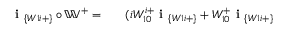
\begin{array} { r l r } { \textbf { i } _ { \{ W 1 i + \} } \circ \mathbb { W } ^ { + } = } & { { } } & { ( i W _ { 1 0 } ^ { i + } \textbf { i } _ { \{ W 1 i + \} } + W _ { 1 0 } ^ { + } \textbf { i } _ { \{ W 1 i + \} } } \end{array}